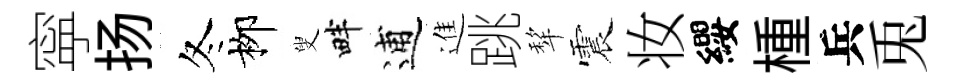
寜扬冬栁叟畔逋進跳犂震妆纓㮔兵兎